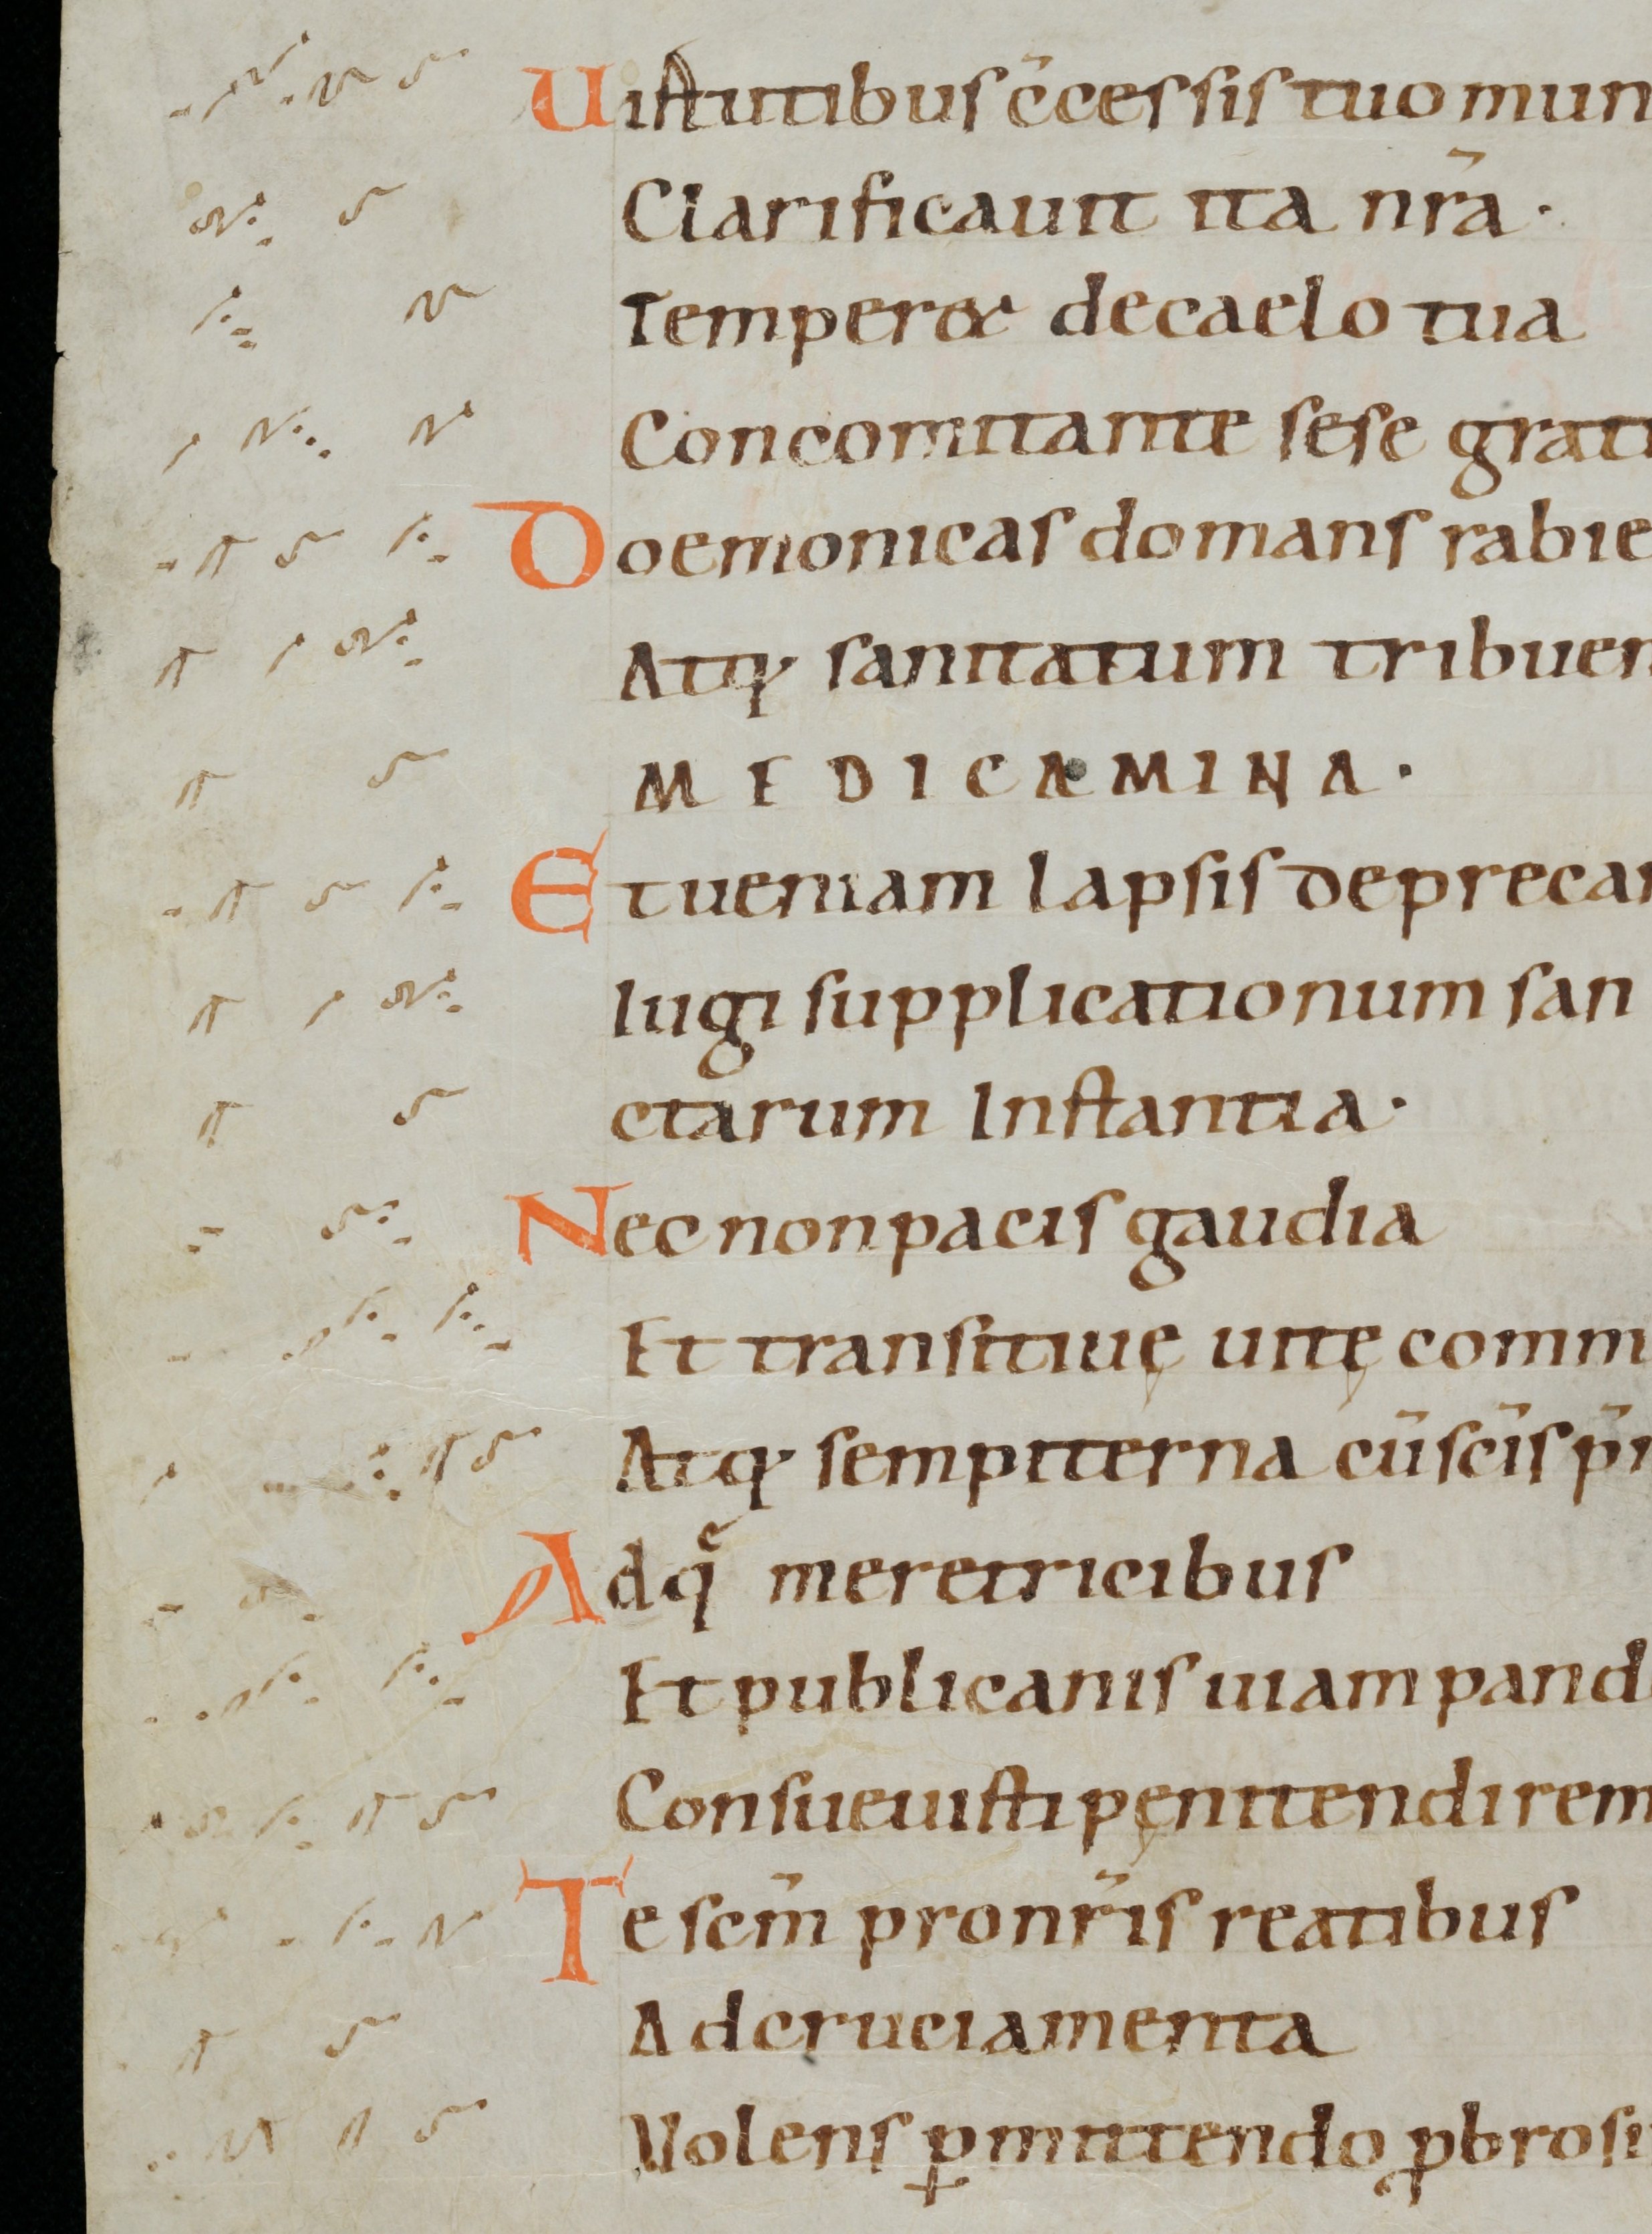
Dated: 1000–1099